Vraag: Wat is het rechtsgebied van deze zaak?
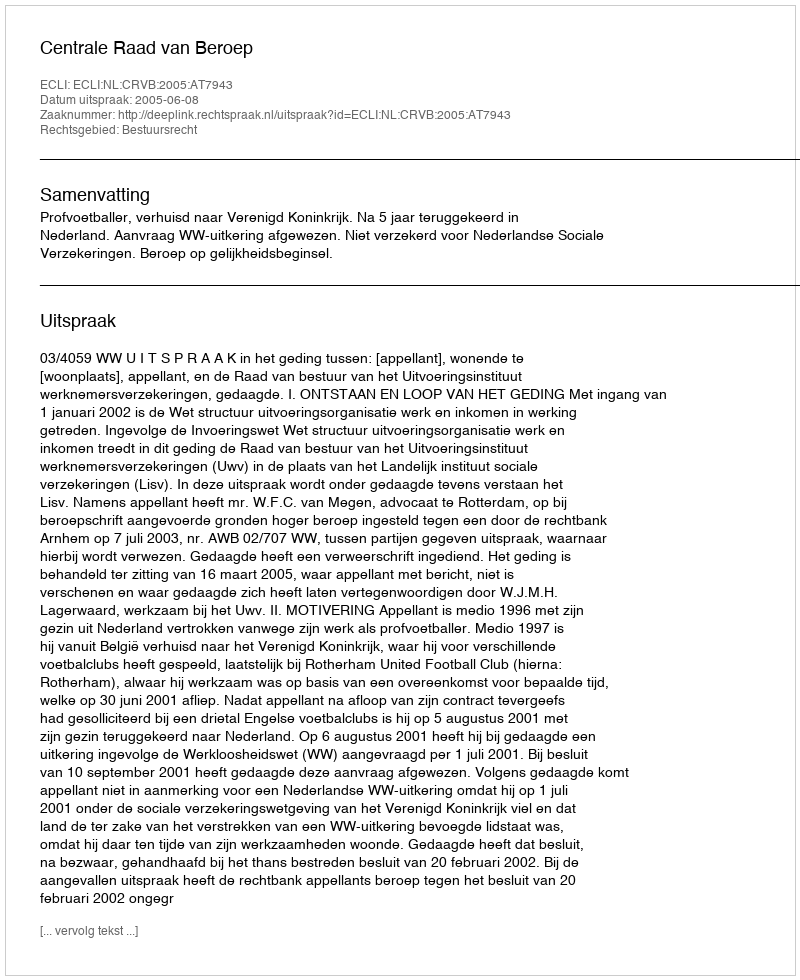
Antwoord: Bestuursrecht